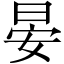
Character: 晏